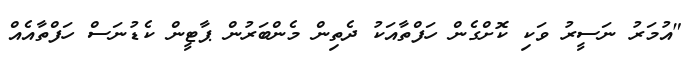
"އުމަރު ނަސީރު ވަކި ކޮށްގެން ހަފްތާއަކު ދެތިން މެންބަރުން ޕާޓީން ކެޑުނަސް ހަފްތާއެއް